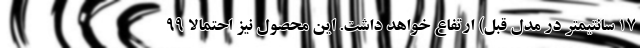
۱۷ سانتیمتر در مدل قبل) ارتفاع خواهد داشت. این محصول نیز احتمالا ۹۹